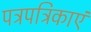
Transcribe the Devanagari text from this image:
पत्रपत्रिकाएं